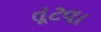
તૂટવા